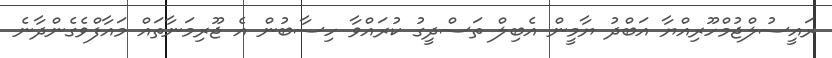
ރައީސުލްޖުމްހޫރިއްޔާ އަބްދު ޔާމީން އެބިލް ތަސްދީގު ކުރައްވާ ހިސާބުން އެ ޖޫރިމަނާތައް މައާފްވެެގެންދާނެ